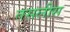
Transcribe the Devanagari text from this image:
तसलीस